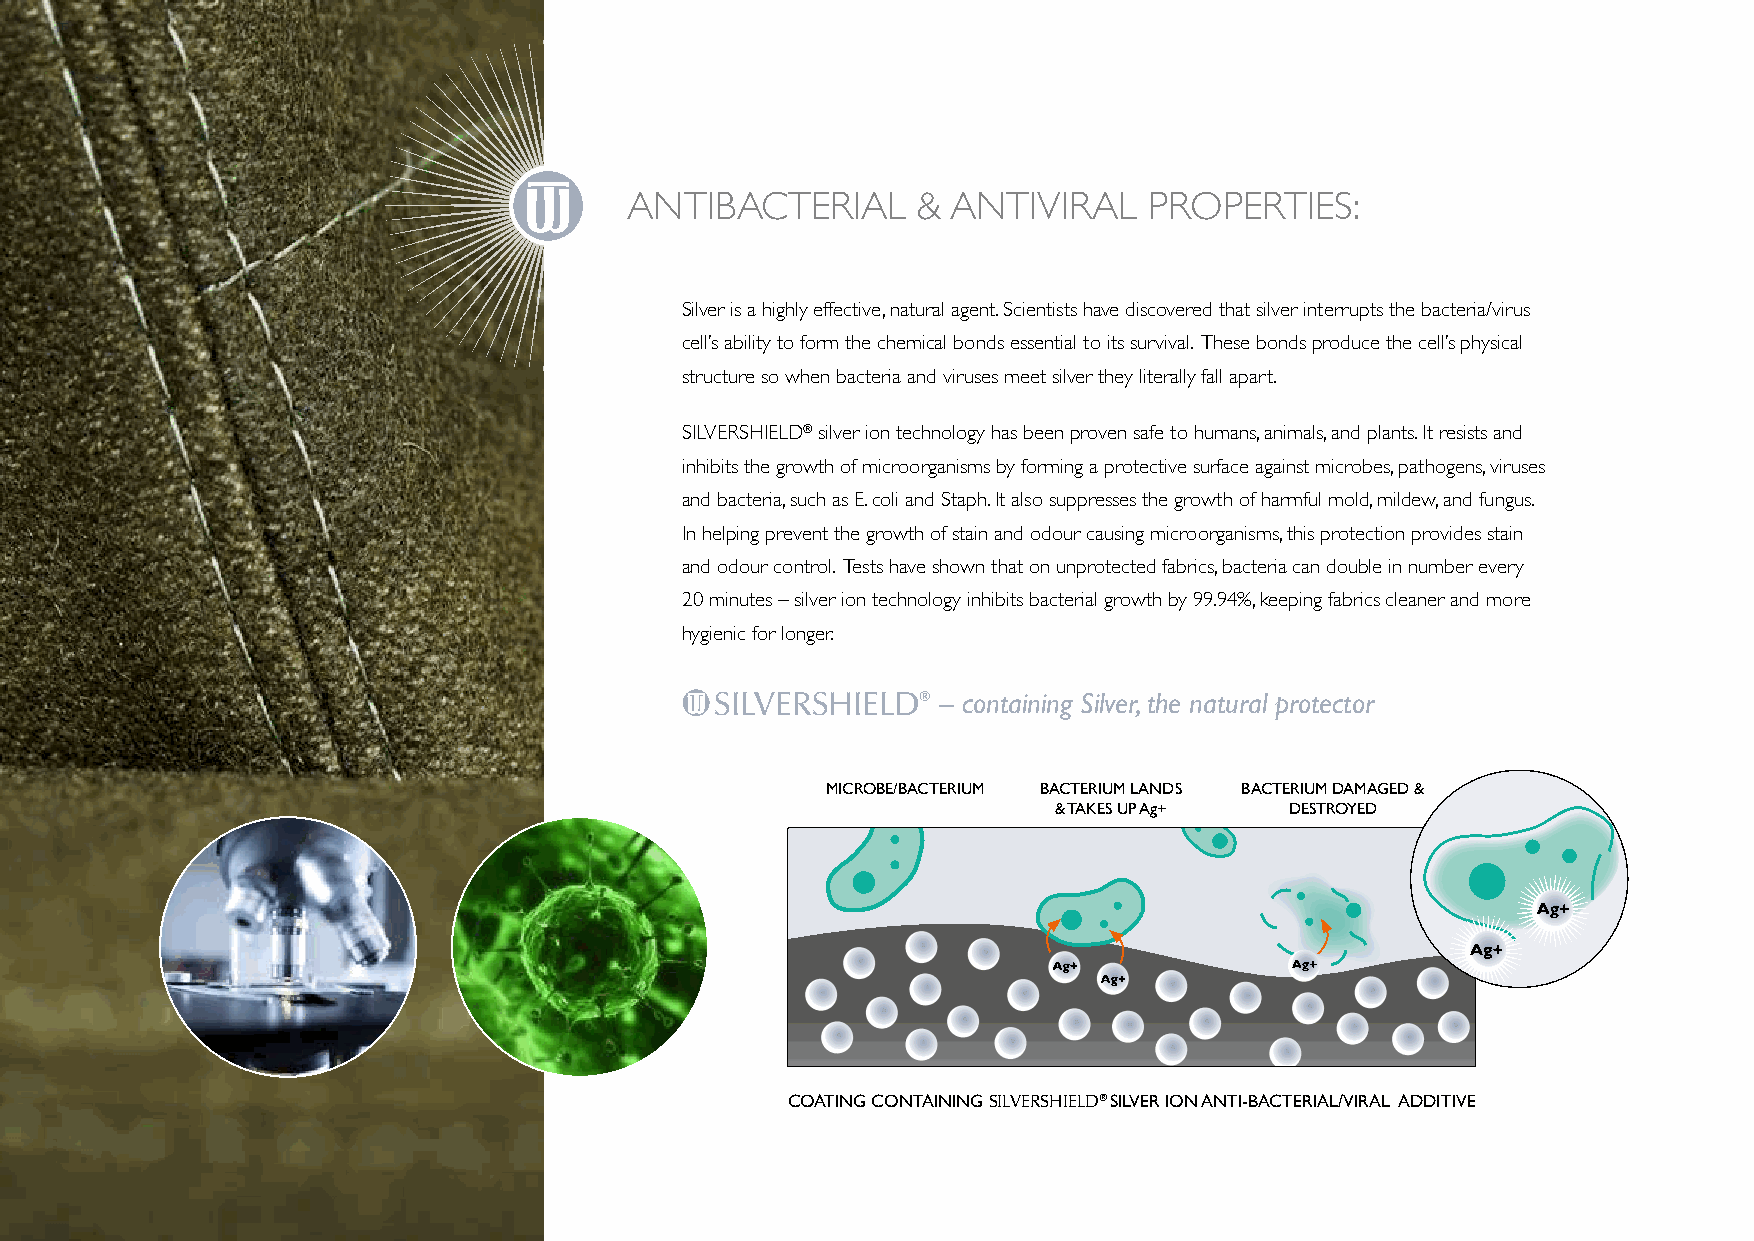
ANTIBACTERIAL      & ANTIVIRAL    PROPERTIES:
 Silver is a highly effective, natural agent. Scientists have discovered that silver interrupts the bacteria/virus
 cell’s ability to form the chemical bonds essential to its survival. These bonds produce the cell’s physical
 structure so when bacteria and viruses meet silver they literally fall apart.
 SILVERSHIELD® silver ion technology has been proven safe to humans, animals, and plants. It resists and
 inhibits the growth of microorganisms by forming a protective surface against microbes, pathogens, viruses
 and bacteria, such as E. coli and Staph. It also suppresses the growth of harmful mold, mildew, and fungus.
 In helping prevent the growth of stain and odour causing microorganisms, this protection provides stain
 and odour control. Tests have shown that on unprotected fabrics, bacteria can double in number every
 20 minutes – silver ion technology inhibits bacterial growth by 99.94%, keeping fabrics cleaner and more
 hygienic for longer.
 SILVERSHIELD®  – containing Silver, the natural protector
 MICROBE/BACTERIUM BACTERIUM LANDS BACTERIUM DAMAGED &
 & TAKES UP Ag+ DESTROYED
 COATING CONTAINING SILVERSHIELD® SILVER ION ANTI-BACTERIAL/VIRAL ADDITIVE